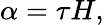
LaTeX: \alpha=\tau H,